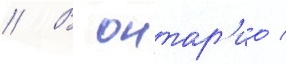
// В онтар'ио /